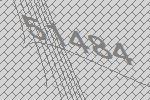
51484